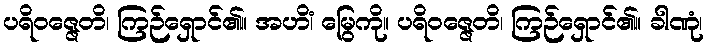
ပရိဝဇ္ဇေတိ၊ ကြဉ်ရှောင်၏။ အဟိံ၊ မြွေကို။ ပရိဝဇ္ဇေတိ၊ ကြဉ်ရှောင်၏။ ခါဏုံ၊